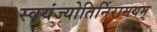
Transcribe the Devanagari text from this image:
स्वयंज्योतिर्निरामयम्